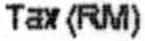
TAX(RM)